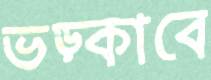
ভড়্‌কাবে